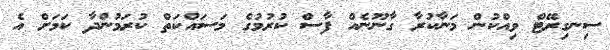
ސިނގިރޭޓް ވިއްކުން މަނާކުރާ ގާނޫނެއް ފާސް ކުރުމުގެ މަސައްކަތް ކުރަމުންދާ ކަމަށް އެ